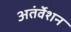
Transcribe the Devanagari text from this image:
अतंर्वेशन